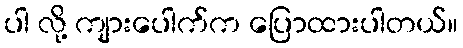
ပါ လို့ ကျားပေါက်က ပြောထားပါတယ်။